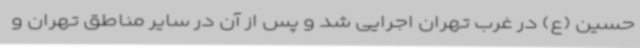
حسین (ع) در غرب تهران اجرایی شد و پس از آن در سایر مناطق تهران و